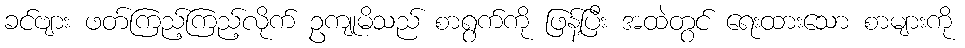
ခင်ဗျား ဖတ်ကြည့်ကြည့်လိုက် ဥကျုမိသည် စာရွက်ကို ဖြန့်ပြီး အထဲတွင် ရေးထားသော စာများကို